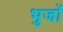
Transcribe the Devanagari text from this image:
भुजों